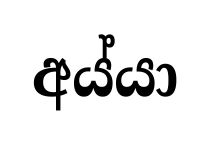
අය්යා